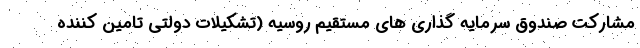
مشارکت صندوق سرمایه گذاری های مستقیم روسیه (تشکیلات دولتی تامین کننده